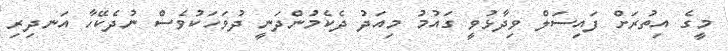
މީގެ އިތުރަށް ފައިސަލް ވިދާޅުވީ ގައުމު މިއަދު ދެކެމުންދަނީ ދުވަހަކުވެސް ނުދެކޭހާ އަނދިރި